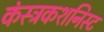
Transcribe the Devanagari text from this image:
कंस्ट्रकशनिस्ट